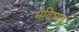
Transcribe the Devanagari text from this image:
भविष्यद्